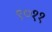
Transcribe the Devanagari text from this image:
९०११